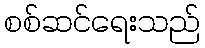
စစ်ဆင်ရေးသည်